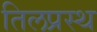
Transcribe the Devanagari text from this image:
तिलप्रस्थ